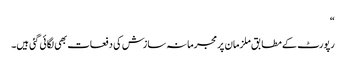
“
رپورٹ کے مطابق ملزمان پر مجرمانہ سازش کی دفعات بھی لگائی گئی ہیں۔